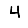
Digit: 4